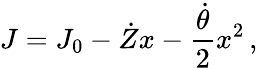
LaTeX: J=J_{0}-\dot{Z}x-\frac{\dot{\theta}}{2}x^{2}\, ,